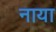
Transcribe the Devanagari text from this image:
नाया